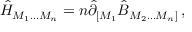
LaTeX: \hat { H } _ { M _ { 1 } \ldots M _ { n } } = n \hat { \partial } _ { [ M _ { 1 } } \hat { B } _ { M _ { 2 } \ldots M _ { n } ] } \, ,